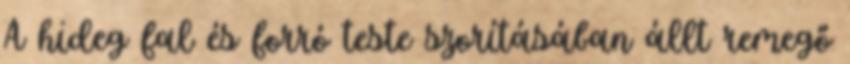
A hideg fal és forró teste szorításában állt remegő